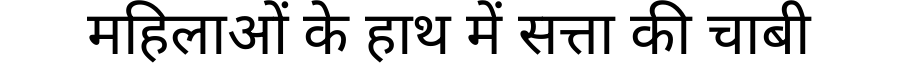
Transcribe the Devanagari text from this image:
महिलाओं के हाथ में सत्ता की चाबी